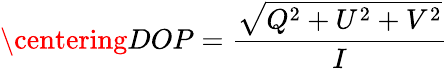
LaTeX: \centering DOP=\frac{\sqrt{Q^{2}+U^{2}+V^{2}}}{I}